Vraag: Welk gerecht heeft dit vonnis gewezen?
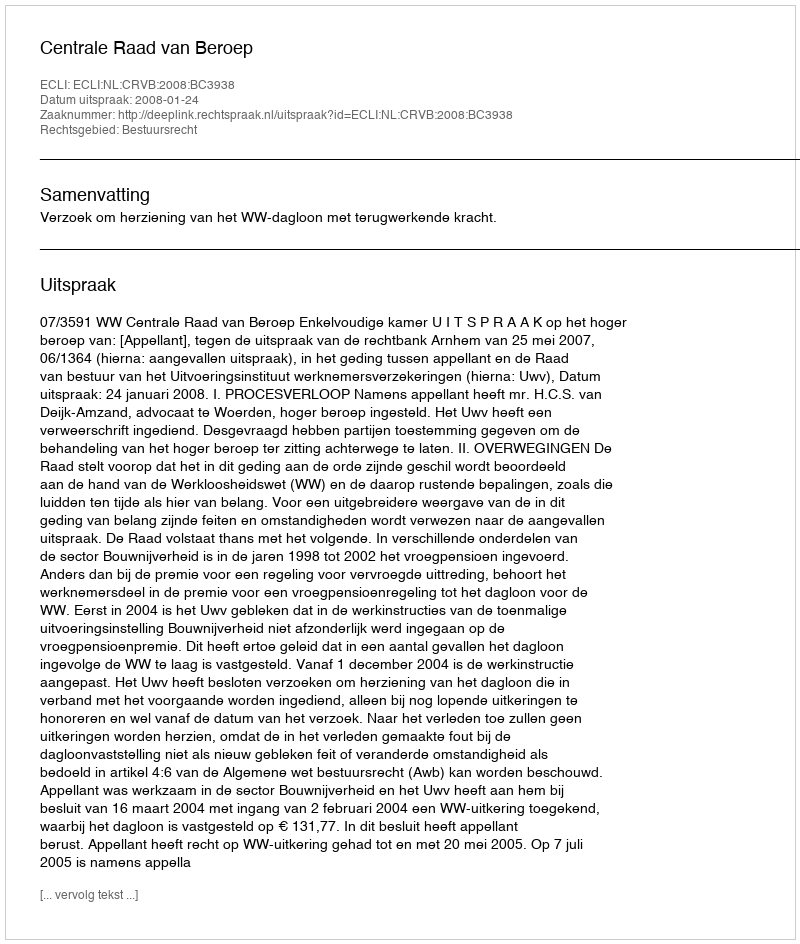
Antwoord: Centrale Raad van Beroep